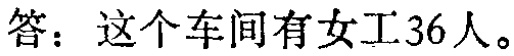
答：这个车间有女工36人。